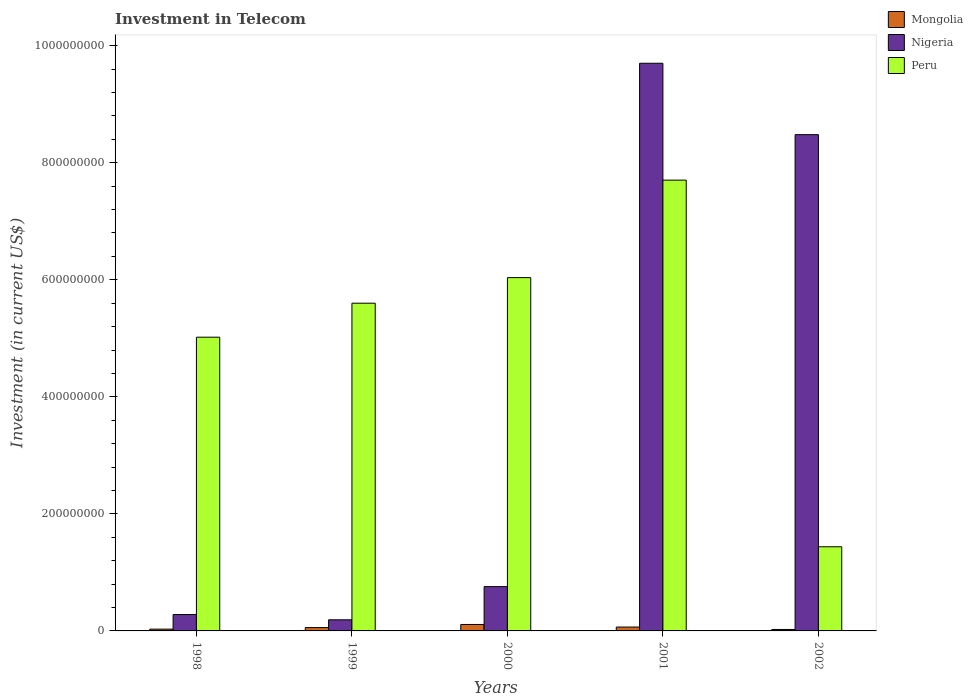
| Years | Mongolia | Nigeria | Peru |
 | --- | --- | --- | --- |
 | 1998 | 3.06e+06 | 2.8e+07 | 5.02e+08 |
 | 1999 | 5.7e+06 | 1.9e+07 | 5.6e+08 |
 | 2000 | 1.1e+07 | 7.57e+07 | 6.04e+08 |
 | 2001 | 6.6e+06 | 9.7e+08 | 7.7e+08 |
 | 2002 | 2.5e+06 | 8.48e+08 | 1.44e+08 |